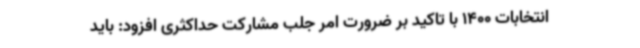
انتخابات 1400 با تاکید بر ضرورت امر جلب مشارکت حداکثری افزود: باید